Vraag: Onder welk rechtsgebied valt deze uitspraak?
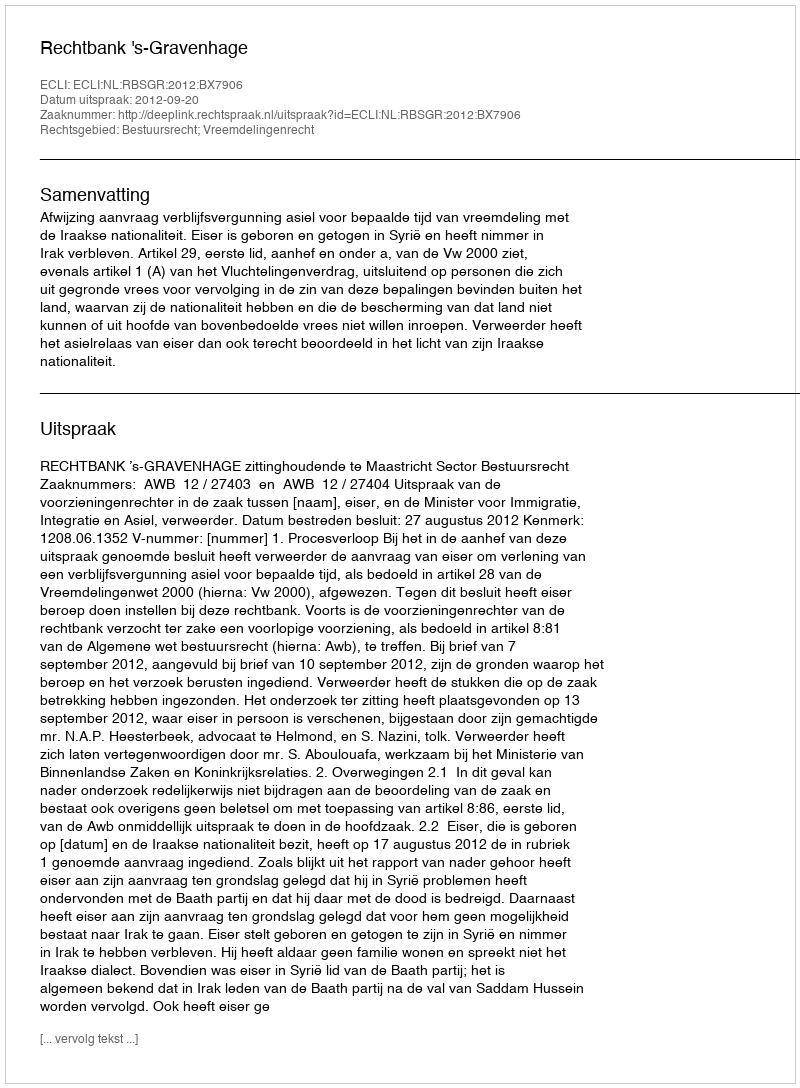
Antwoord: Bestuursrecht; Vreemdelingenrecht